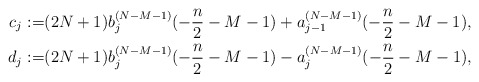
\begin{align*} c_j:=&(2N+1)b_j^{(N-M-1)}(-\frac n2-M-1)+a_{j-1}^{(N-M-1)}(-\frac n2-M-1),\\ d_j:=&(2N+1)b_j^{(N-M-1)}(-\frac n2-M-1)-a_{j}^{(N-M-1)}(-\frac n2-M-1), \end{align*}